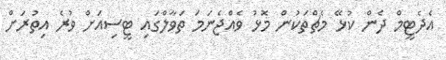
އެދެޓީމް ދެން ކުޅޭ މެޗްތަކުން މޮޅު ވެއްޖެނަމަ ތަވާލްގައި ޓީސިއަށް ވުރެ އިތުރަށް